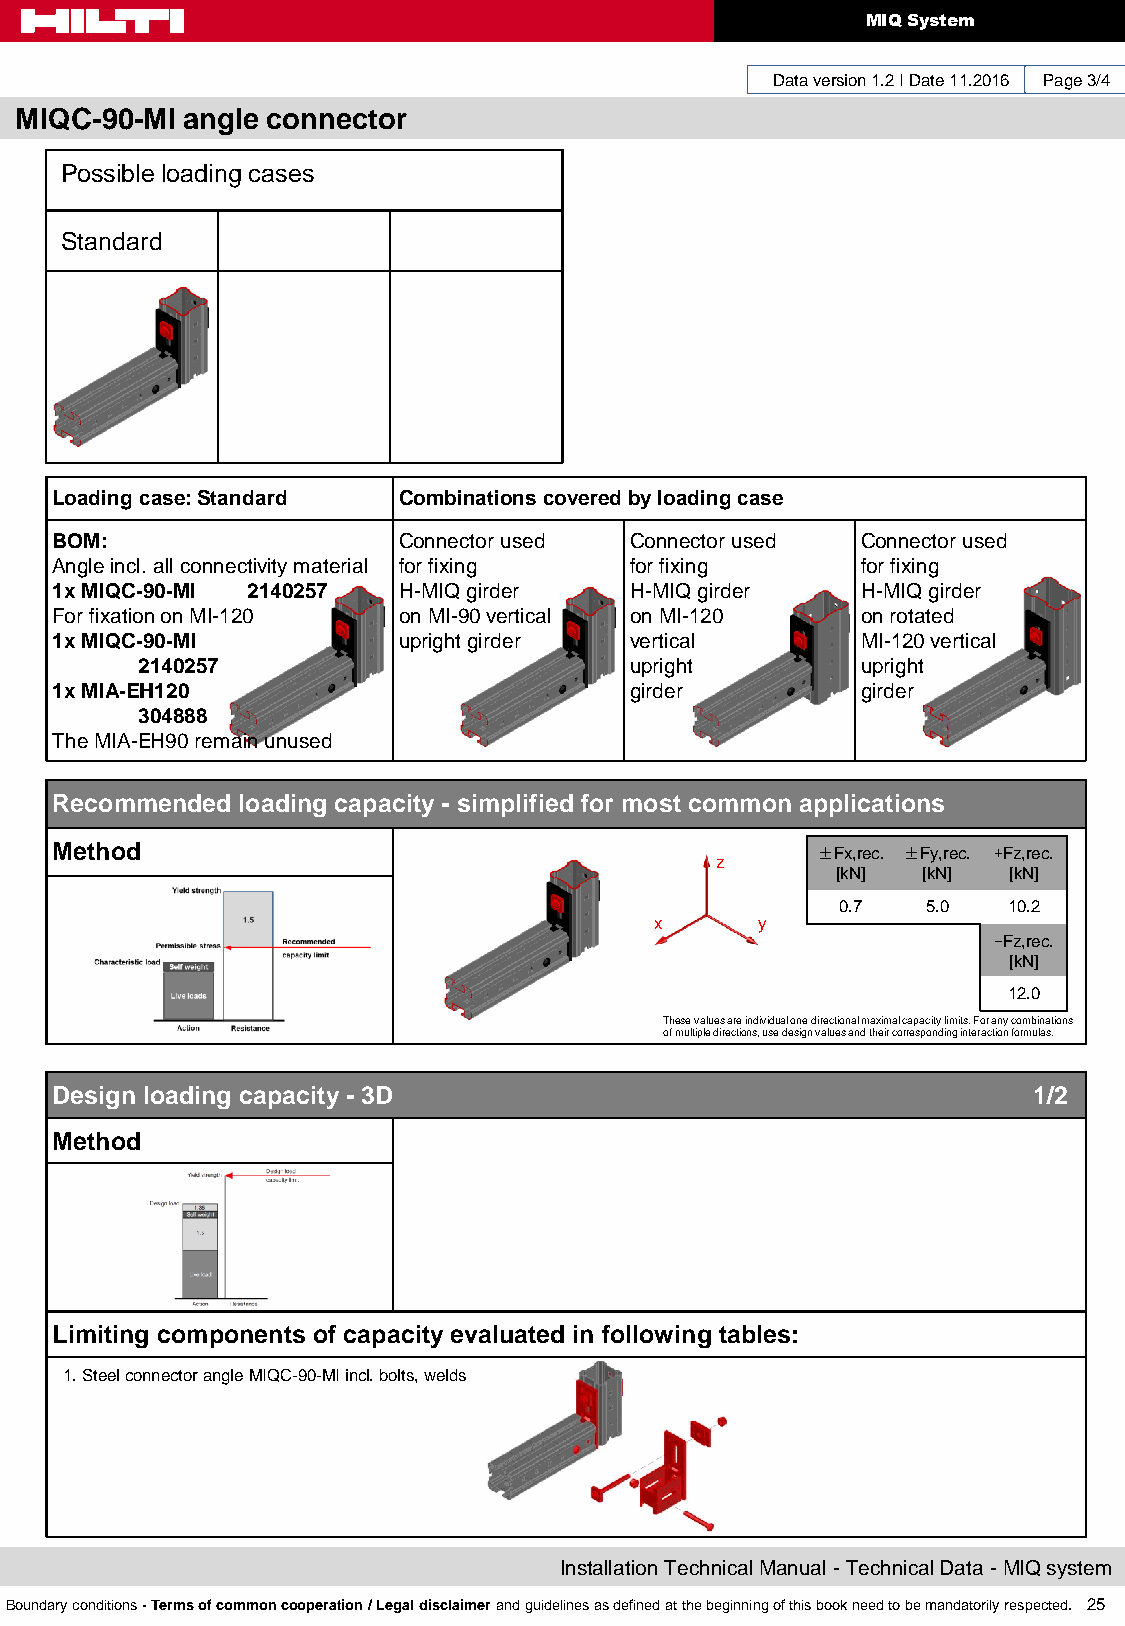
MIQ System
 Data version 1.2 I Date 11.2016 Page 3/4
 MIQC-90-MI angle connector
 Possible loading cases
 Standard
 Loading case: Standard Combinations covered by loading case
 BOM:                   Connector used  Connector used Connector used
 Angle incl. all connectivity material for fixing for fixing for fixing
 1x MIQC-90-MI 2140257  H-MIQ girder    H-MIQ girder   H-MIQ girder
 For fixation on MI-120 on MI-90 vertical on MI-120    on rotated
 1x MIQC-90-MI          upright girder  vertical       MI-120 vertical
 2140257                          upright        upright
 1x MIA-EH120                           girder         girder
 304888
 The MIA-EH90 remain unused
 Recommended  loading capacity - simplified for most common applications
 Method                                             ±Fx,rec. ±Fy,rec. +Fz,rec.
 z
 [kN]  [kN]  [kN]
 0.7  5.0   10.2
 x      y
 -Fz,rec.
 [kN]
 12.0
 These values are individual one directional maximal capacity limits. For any combinations
 of multiple directions, use design values and their corresponding interaction formulas.
 Design loading capacity - 3D                                     1/2
 Method
 Limiting components of capacity evaluated in following tables:
 1. Steel connector angle MIQC-90-MI incl. bolts, welds
 Installation Technical Manual - Technical Data - MIQ system
 Boundary conditions - Terms of common cooperation / Legal disclaimer and guidelines as defined at the beginning of this book need to be mandatorily respected. 25